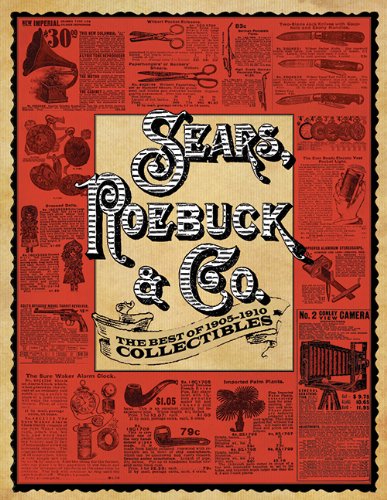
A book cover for Sears, Roebuck & Co.: The Best of 1905-1910 Collectibles; Roebuck & Co. Sears; Crafts, Hobbies & Home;